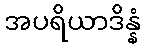
အပရိယာဒိန္နံ